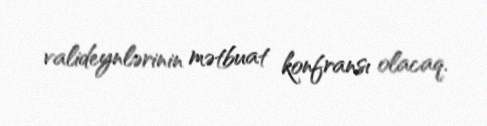
valideynlərinin mətbuat konfransı olacaq.